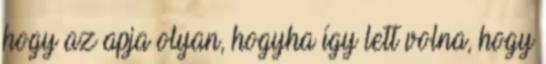
hogy az apja olyan, hogyha így lett volna, hogy